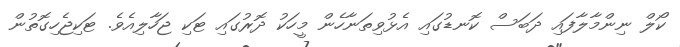
ކޯލް ނިންމާލާފައި ދަބަސް ކޮނޑުގައި އެޅުވިތަނާހެން މީހަކު ދޮރުގައި ޓަކި ޖަހާލިއެވެ. ޓަކިޖެހިގޮތުން